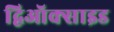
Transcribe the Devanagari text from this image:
द्विऑक्साइड